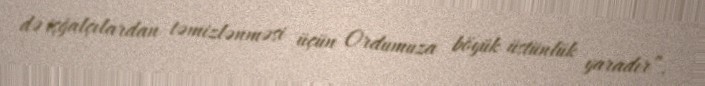
də işğalçılardan təmizlənməsi üçün Ordumuza böyük üstünlük yaradır”.